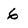
Character: 6